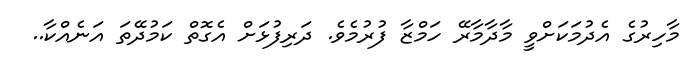
މާހިރުގެ އެދުމަކަށްވީ މާދާމާރޭ ހަމްޒާ ފުރުމެވެ. ދަރިފުޅަށް އެގޮތް ކަމުދޭތަ އަނެއްކާ..